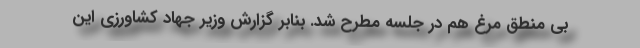
بی منطق مرغ هم در جلسه مطرح شد. بنابر گزارش وزیر جهاد کشاورزی این